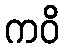
ကဝိ